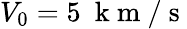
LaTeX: V_{0}=5~\mathrm{~k~m~}/\mathrm{~s~}